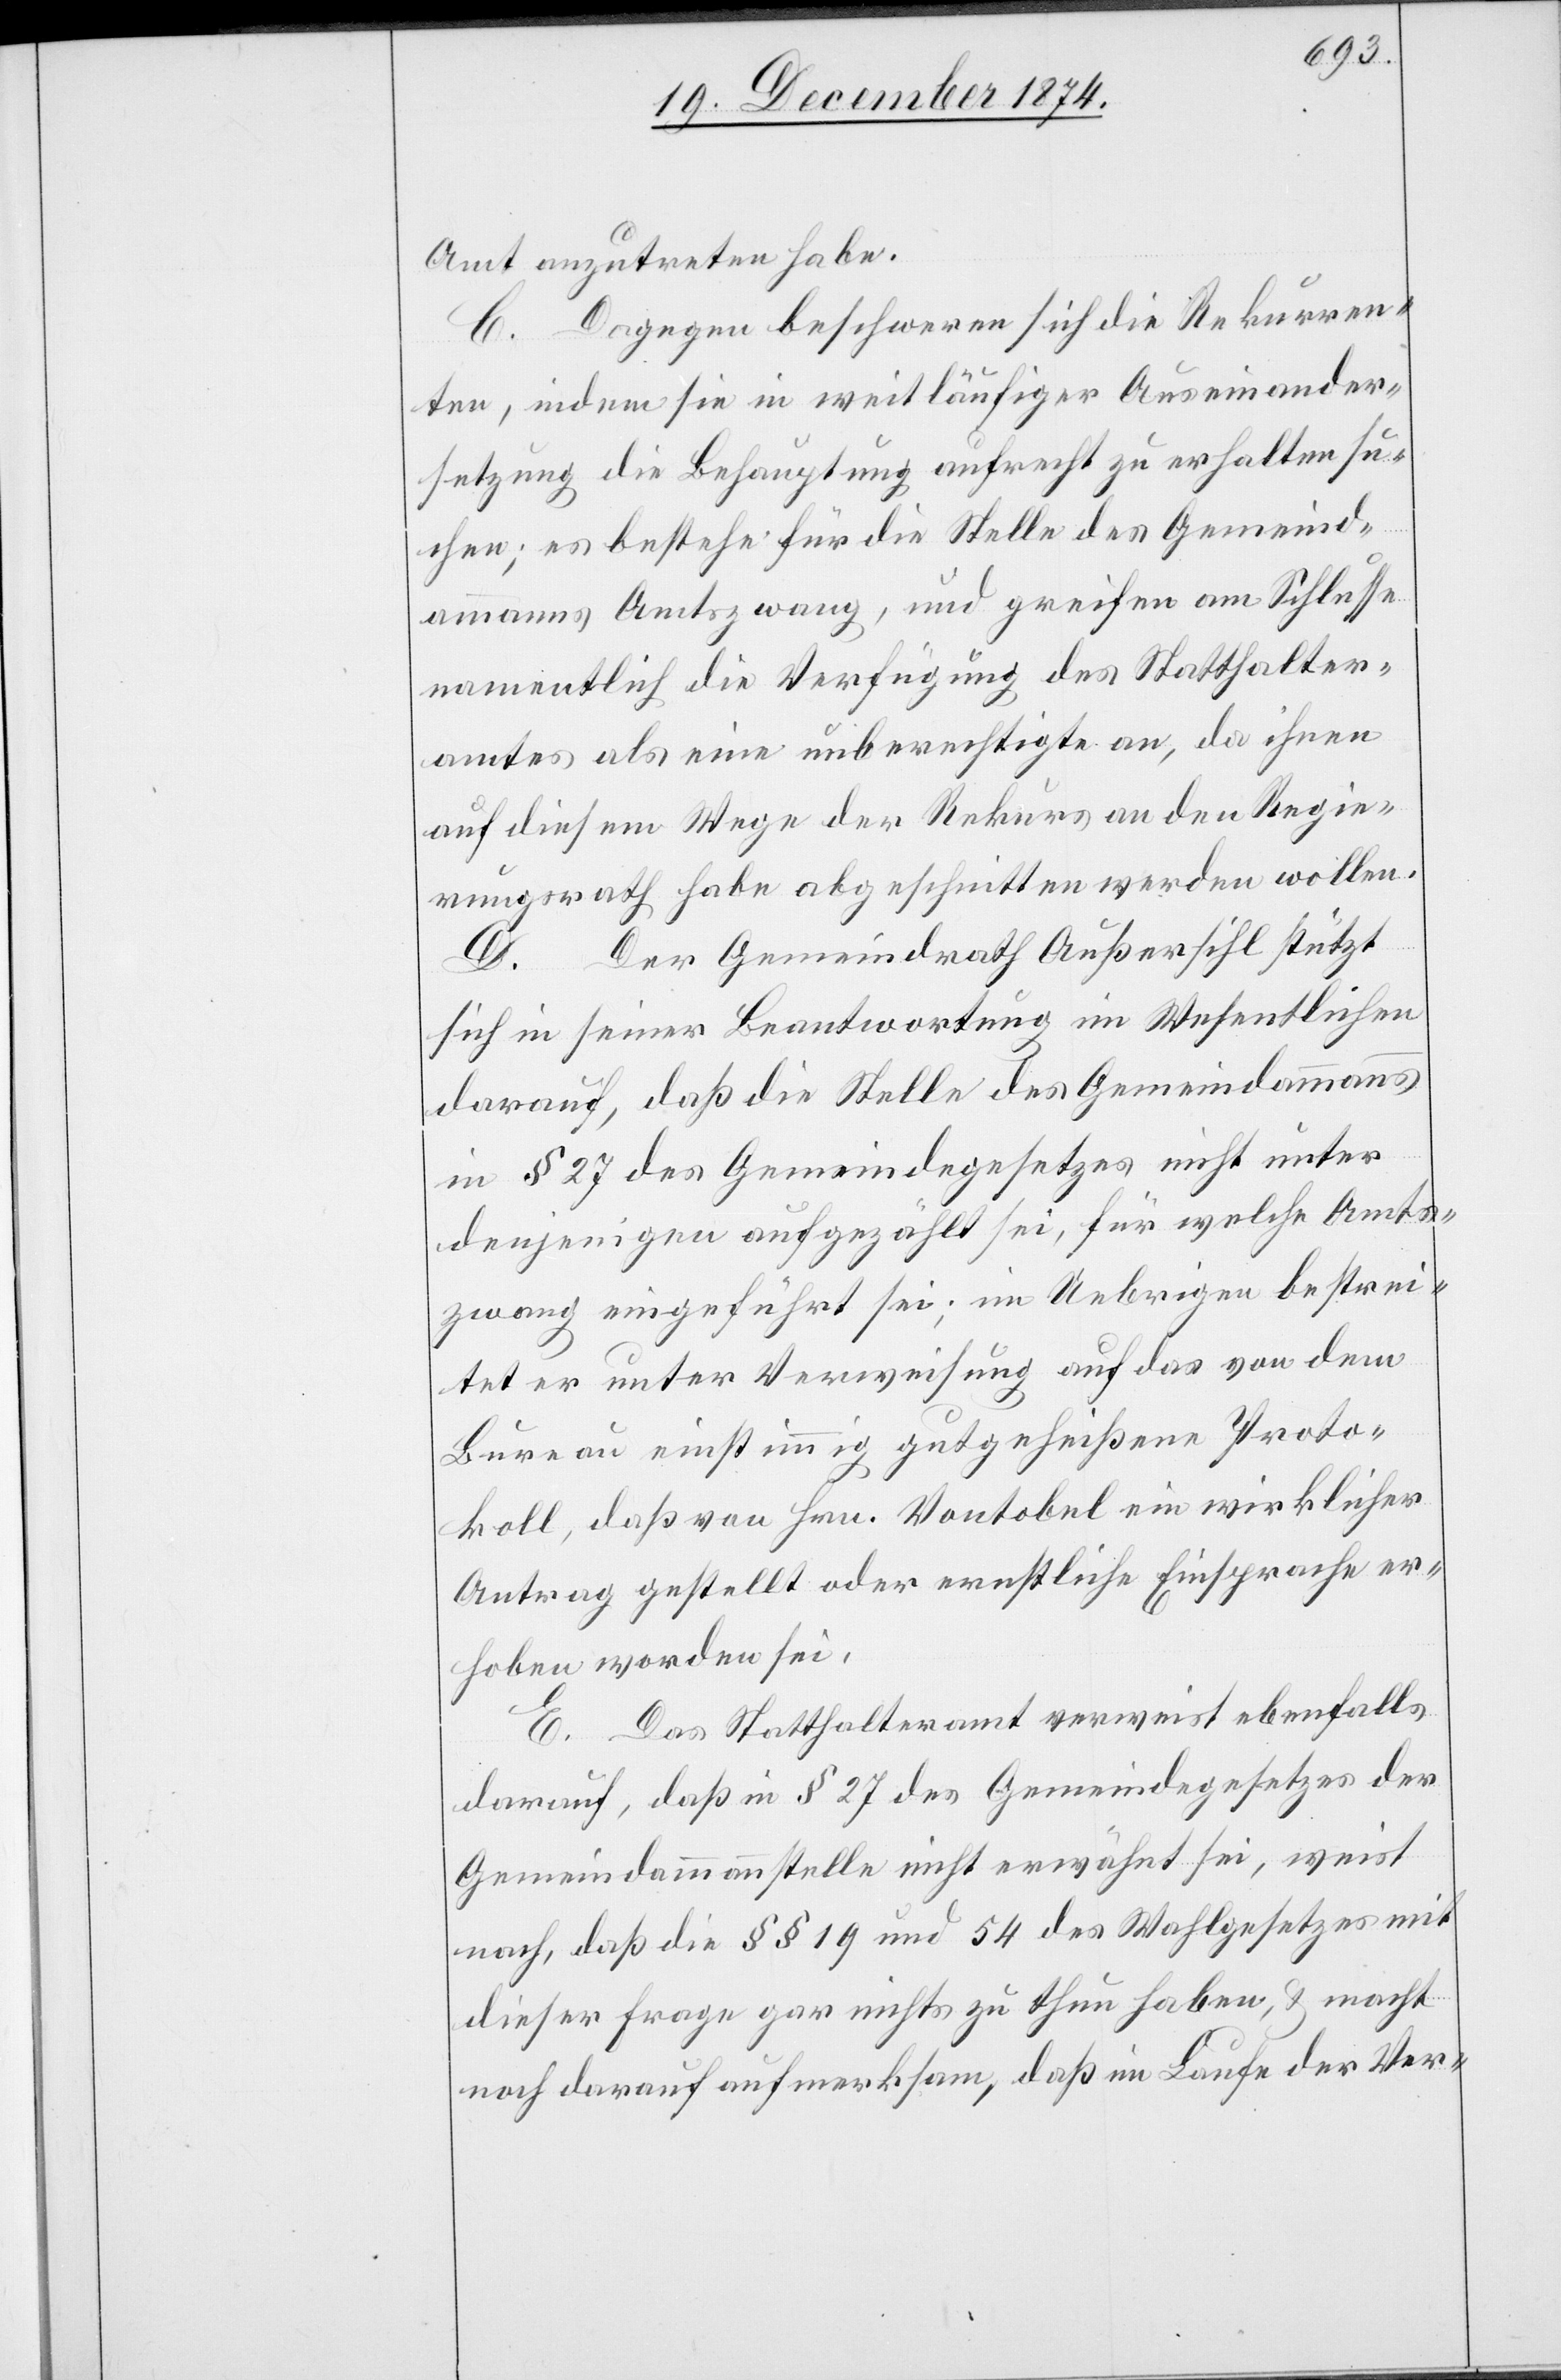
Amt anzutreten habe.
C. Dagegen beschweren sich die Rekurren¬
ten, indem sie in weitläufiger Auseinander¬
setzung die Behauptung aufrecht zu erhalten su¬
chen; es bestehe für die Stelle des Gemeind¬
ammanns Amtszwang, und greifen am Schlusse
namentlich die Verfügung des Statthalter¬
amtes als eine unberechtigte an, da ihren
auf diesem Wege der Rekurs an den Regie¬
rungsrath habe abgeschnitten werden wollen.
D. Der Gemeindrath Außersihl stützt
sich in seiner Beantwortung im Wesentlichen
darauf, daß die Stelle des Gemeindammanns
in § 27 des Gemeindegesetzes nicht unter
denjenigen aufgezählt sei, für welche Amts¬
zwang eingeführt sei; im Uebrigen bestrei¬
tet er unter Verweisung auf das von dem
Bureau einstimmig gutgeheißene Proto¬
koll, daß von Hrn. Vontobel ein wirklicher
Antrag gestellt oder ernstliche Einsprache er¬
hoben worden sei.
E. Das Statthalteramt verweist ebenfalls
darauf, daß in § 27 des Gemeindegesetzes der
Gemeindammannstelle nicht erwähnt sei, weist
nach, daß die §§ 19 und 54 des Wahlgesetzes mit
dieser Frage gar nichts zu thun haben, & macht
noch darauf aufmerksam, daß im Laufe der Ver-